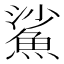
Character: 鯊